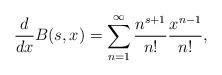
LaTeX: \begin{align*}\frac{d}{dx}B(s,x)=\sum_{n=1}^{\infty} \frac{ n^{s+1}}{n!}\frac{x^{n-1}}{n!},\end{align*}